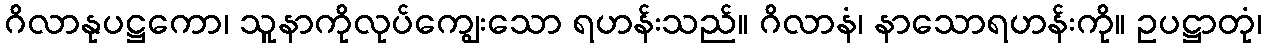
ဂိလာနုပဋ္ဌကော၊ သူနာကိုလုပ်ကျွေးသော ရဟန်းသည်။ ဂိလာနံ၊ နာသောရဟန်းကို။ ဥပဋ္ဌာတုံ၊